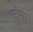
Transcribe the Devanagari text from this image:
जुंगा